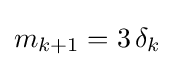
m_{k+1}=3\,\delta _{k}